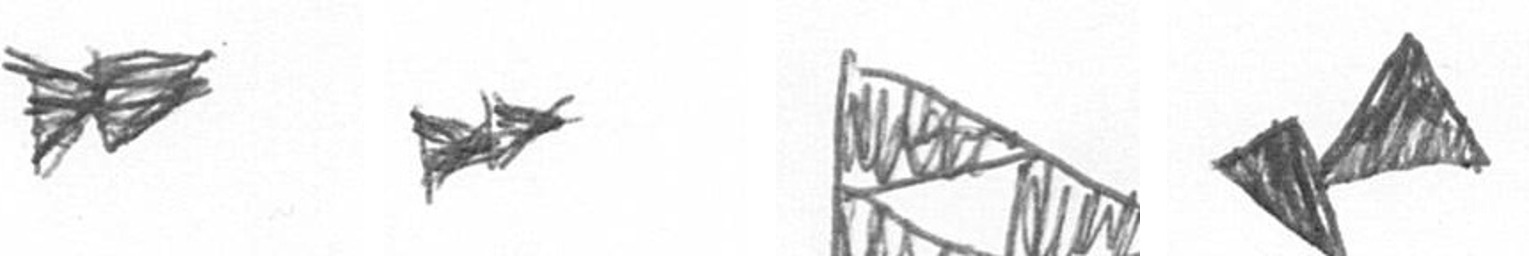
A A K F